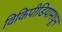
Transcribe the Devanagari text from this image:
विकिपीडियामधून